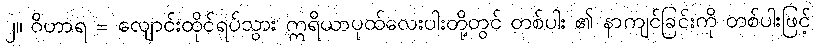
၂။ ဝိဟာရ = လျောင်းထိုင်ရပ်သွား ဣရိယာပုထ်လေးပါးတို့တွင် တစ်ပါး ၏ နာကျင်ခြင်းကို တစ်ပါးဖြင့်